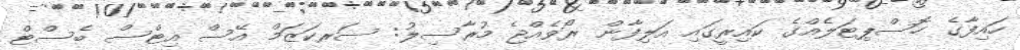
ހައިފާގެ ހޮސްޕިޓަލެއްގެ ކައިރީގައި އަލިފާން ރޯވެއްޖެ މުރާސިލު: ސަރކަޒަމް އޭސް އިޓްސް ބެސްޓް